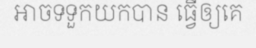
អាចទទួកយកបាន ធ្វើឲ្យគេ